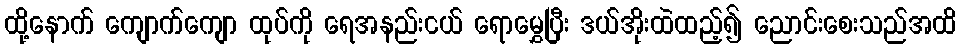
ထို့နောက် ကျောက်ကျော ထုပ်ကို ရေအနည်းငယ် ရောမွှေပြီး ဒယ်အိုးထဲထည့်၍ ညောင်းစေးသည်အထိ